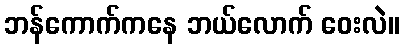
ဘန်ကောက်ကနေ ဘယ်လောက် ဝေးလဲ။